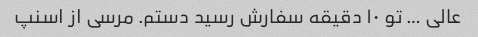
عالی … تو ۱۰ دقیقه سفارش رسید دستم. مرسی از اسنپ